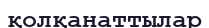
қолқанаттылар